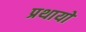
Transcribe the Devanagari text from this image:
प्रथायो